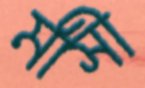
মাসী